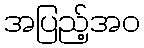
အပြည့်အဝ